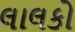
લાલકો